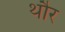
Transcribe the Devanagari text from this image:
थौर